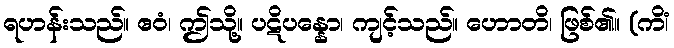
ရဟန်းသည်။ ဧဝံ၊ ဤသို့။ ပဋိပန္နော၊ ကျင့်သည်။ ဟောတိ၊ ဖြစ်၏။ (ကိံ၊